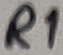
Text: R1